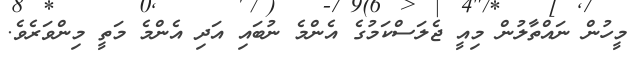
މީހުން ނައްތާލުން މިއީ ޖެލަސްކަމުގެ އެންމެ ނުބައި އަދި އެންމެ މަތީ މިންވަރެވެ.